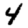
Digit: 4